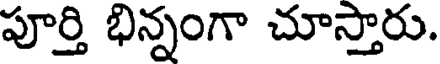
పూర్తి భిన్నంగా చూస్తారు.